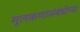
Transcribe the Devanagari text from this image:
मूलकणांसंबंधीच्या